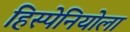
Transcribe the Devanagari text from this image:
हिस्पेनियोला